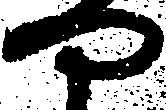
や